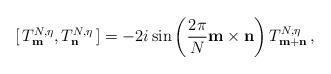
LaTeX: \begin{align*}[\,T^{N,\eta}_{\bf m}, T^{N,\eta}_{\bf n}\,] =-2i\sin\left(\frac{2\pi}{N}{\bf m\times n}\right) T^{N,\eta}_{\bf m+n}\,, \end{align*}